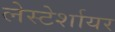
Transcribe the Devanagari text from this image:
लेस्टेर्शायर